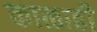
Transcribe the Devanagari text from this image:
काळाही